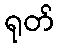
ရုတ်